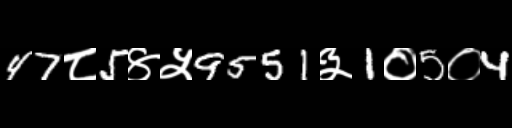
Text: 47८5४५9551३1०5०4